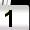
Digit: 1